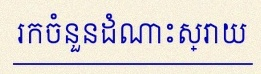
រកចំនួនដំណោះស្រាយ